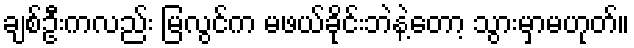
ချစ်ဦးကလည်း မြလွင်က မဖယ်ခိုင်းဘဲနဲ့တော့ သွားမှာမဟုတ်။